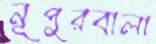
নূপুরবালা